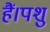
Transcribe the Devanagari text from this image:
हैं।पशु